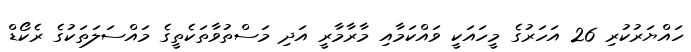
ހައްޔަރުކުރި 26 އަހަރުގެ މީހައަކީ ވައްކަމާއި މާރާމާރީ އަދި މަސްތުވާތަކެތީގެ މައްސަލަތަކުގެ ރެކޯޑް